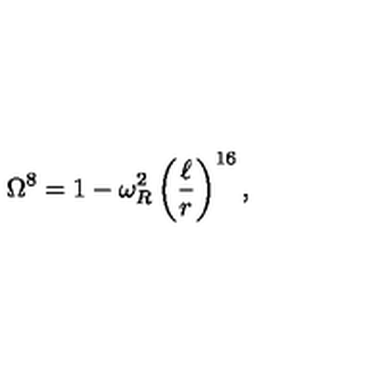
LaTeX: \Omega ^ { 8 } = 1 - \omega _ { R } ^ { 2 } \left( \frac { \ell } { r } \right) ^ { 1 6 } ,